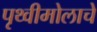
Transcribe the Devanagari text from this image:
पृथ्वीमोलाचे